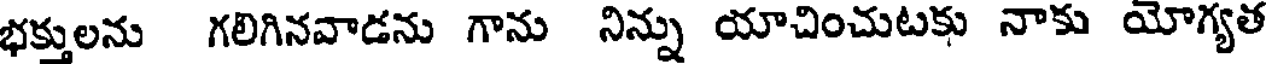
భక్తులను గలిగినవాడను గాను నిన్ను యాచించుటకు నాకు యోగ్యత